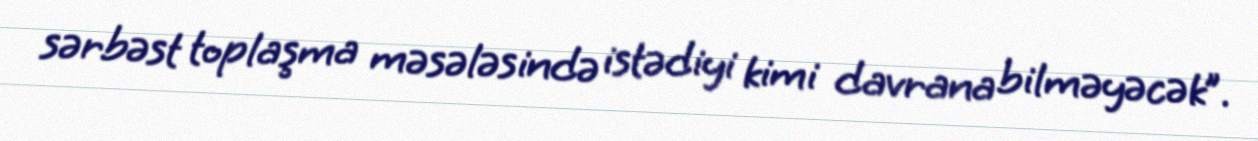
sərbəst toplaşma məsələsində istədiyi kimi davrana bilməyəcək”.